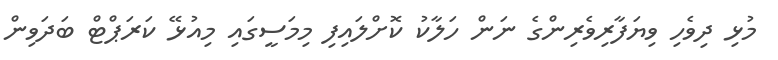
މުޅި ދިވެހި ވިޔަފާރިވެރިންގެ ނަން ހަލާކު ކޮށްލައިފި މިމަސީގައި މިއުޅޭ ކަރަޕްޓް ބަދަވިން